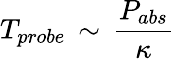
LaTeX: T_{probe}\, \sim\, \frac{P_{abs}}{\kappa}